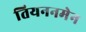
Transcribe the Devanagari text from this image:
तियननमेन